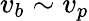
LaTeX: v_{b}\sim v_{p}